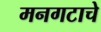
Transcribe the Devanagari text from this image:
मनगटाचे